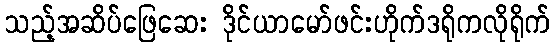
သည့်အဆိပ်ဖြေဆေး ဒိုင်ယာမော်ဖင်းဟိုက်ဒရိုကလိုရိုက်